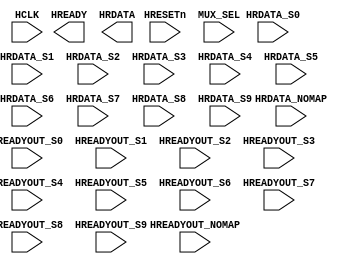
module AHBMUX(
  //GLOBAL CLOCK & RESET
  input wire HCLK,
  input wire HRESETn,
   
  //MUX SELECT FROM ADDRESS DECODER
  input wire [3:0] MUX_SEL,

  //READ DATA FROM ALL THE SLAVES  
  input wire [31:0] HRDATA_S0,		
  input wire [31:0] HRDATA_S1,
  input wire [31:0] HRDATA_S2,
  input wire [31:0] HRDATA_S3,
  input wire [31:0] HRDATA_S4,
  input wire [31:0] HRDATA_S5,
  input wire [31:0] HRDATA_S6,
  input wire [31:0] HRDATA_S7,
  input wire [31:0] HRDATA_S8,
  input wire [31:0] HRDATA_S9,
  input wire [31:0] HRDATA_NOMAP,

  //READYOUT FROM ALL THE SLAVES  
  input wire HREADYOUT_S0,
  input wire HREADYOUT_S1,
  input wire HREADYOUT_S2,
  input wire HREADYOUT_S3,
  input wire HREADYOUT_S4,
  input wire HREADYOUT_S5,
  input wire HREADYOUT_S6,
  input wire HREADYOUT_S7,
  input wire HREADYOUT_S8,
  input wire HREADYOUT_S9,
  input wire HREADYOUT_NOMAP,
 
  //MULTIPLEXED HREADY & HRDATA TO MASTER
  output reg HREADY,
  output reg [31:0] HRDATA
);

 
  reg [3:0] APHASE_MUX_SEL;			// LATCH THE ADDRESS PHASE MUX_SELECT
												// TO SEND THE APPROPRIATE RESPONSE & RDATA
												// IN THE DATA PHASE
  always@ (posedge HCLK or negedge HRESETn)
  begin
    if(!HRESETn)
      APHASE_MUX_SEL <= 4'h0;
    else if(HREADY)						// NOTE: ALL THE CONTROL SIGNALS ARE VALID ONLY IF HREADY = 1'b1
      APHASE_MUX_SEL <= MUX_SEL;
  end


  always@*
  begin
    case(APHASE_MUX_SEL)
		// enter your code here
    endcase
    
  end
endmodule